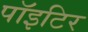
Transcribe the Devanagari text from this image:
पाॅइटिर